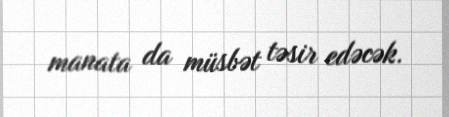
manata da müsbət təsir edəcək.